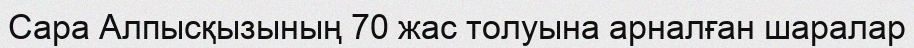
Сара Алпысқызының 70 жас толуына арналған шаралар